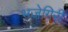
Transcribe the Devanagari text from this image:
भजेगिरी